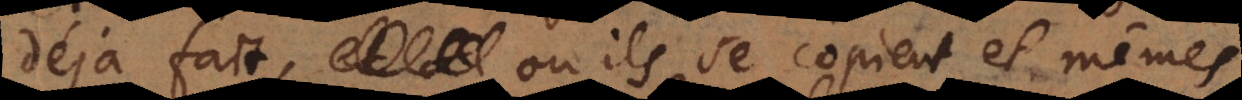
déja fait, ou ils se copient et mêmes